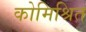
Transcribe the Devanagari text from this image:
कोमिश्रित